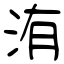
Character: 洧